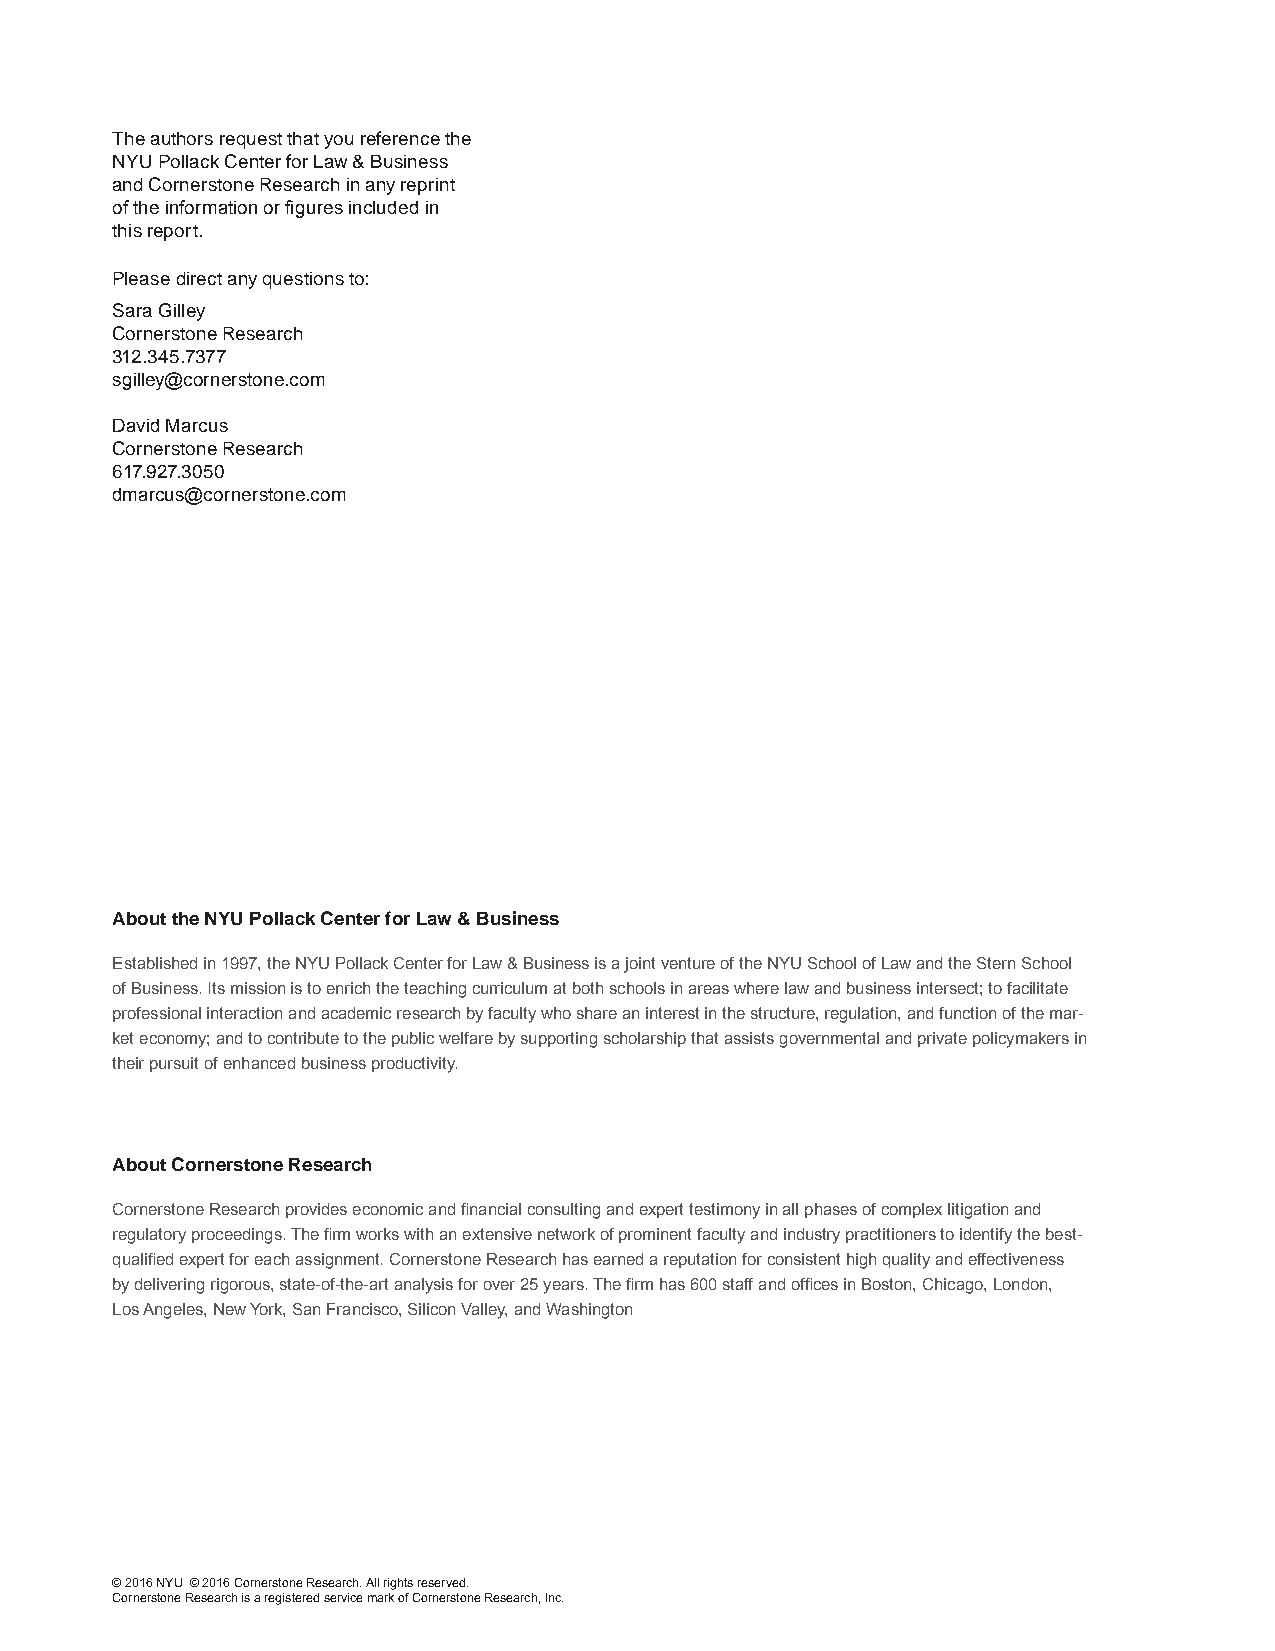
The authors request that you reference the
 NYU Pollack Center for Law & Business
 and Cornerstone Research in any reprint
 of the information or figures included in
 this report.
 Please direct any questions to:
 Sara Gilley
 Cornerstone Research
 312.345.7377
 sgilley@cornerstone.com
 David Marcus
 Cornerstone Research
 617.927.3050
 dmarcus@cornerstone.com
 About the NYU Pollack Center for Law & Business
 Established in 1997, the NYU Pollack Center for Law & Business is a joint venture of the NYU School of Law and the Stern School
 of Business. Its mission is to enrich the teaching curriculum at both schools in areas where law and business intersect; to facilitate
 professional interaction and academic research by faculty who share an interest in the structure, regulation, and function of the mar-
 ket economy; and to contribute to the public welfare by supporting scholarship that assists governmental and private policymakers in
 their pursuit of enhanced business productivity.
 About Cornerstone Research
 Cornerstone Research provides economic and financial consulting and expert testimony in all phases of complex litigation and
 regulatory proceedings. The firm works with an extensive network of prominent faculty and industry practitioners to identify the best-
 qualified expert for each assignment. Cornerstone Research has earned a reputation for consistent high quality and effectiveness
 by delivering rigorous, state-of-the-art analysis for over 25 years. The firm has 600 staff and offices in Boston, Chicago, London,
 Los Angeles, New York, San Francisco, Silicon Valley, and Washington
 © 2016 NYU © 2016 Cornerstone Research. All rights reserved.
 Cornerstone Research is a registered service mark of Cornerstone Research, Inc.